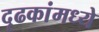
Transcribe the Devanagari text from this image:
दृढकांमध्ये